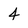
Character: 4